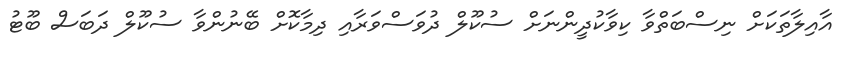
އާއިލާތަކަށް ނިސްބަތްވާ ކިވާކުދީންނަށް ސުކޫލް ދުވަސްވަރާއި ދިމާކޮށް ބޭނުންވާ ސުކޫލް ދަބަސް ބޫޓު